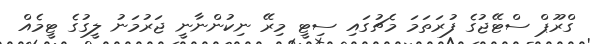
ގްރޫޕް ސްޓޭޖުގެ ފުރަތަމަ މެޗުގައި ސިޓީ މިރޭ ނިކުންނާނީ ޖަރުމަނު ލީގުގެ ޓީމެއް